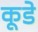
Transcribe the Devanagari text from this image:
कूडे